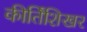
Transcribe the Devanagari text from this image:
कीर्तिशिखर